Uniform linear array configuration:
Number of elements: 64
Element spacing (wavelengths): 0.5
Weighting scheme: binomial
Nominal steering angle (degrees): -60
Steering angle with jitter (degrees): -59.473
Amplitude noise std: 0.05
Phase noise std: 0.05

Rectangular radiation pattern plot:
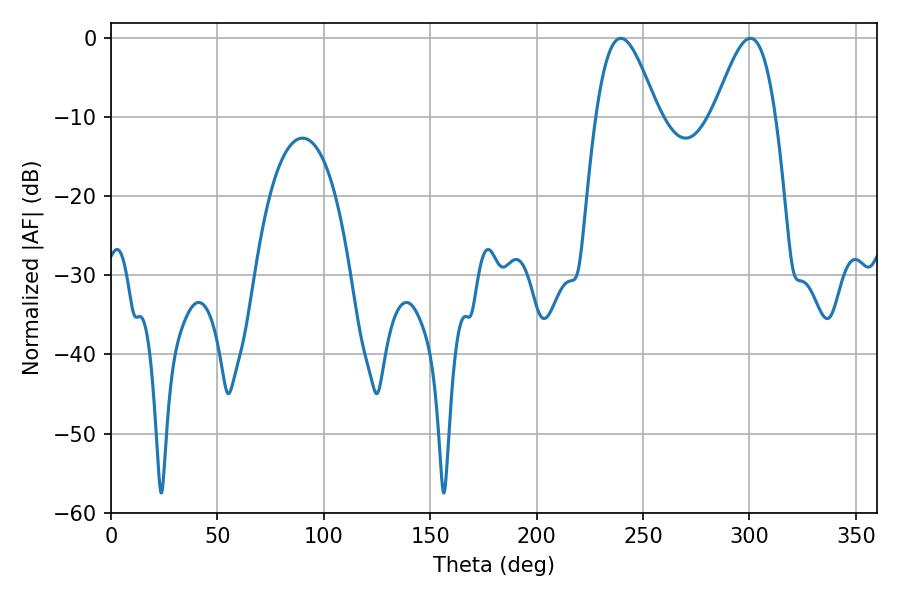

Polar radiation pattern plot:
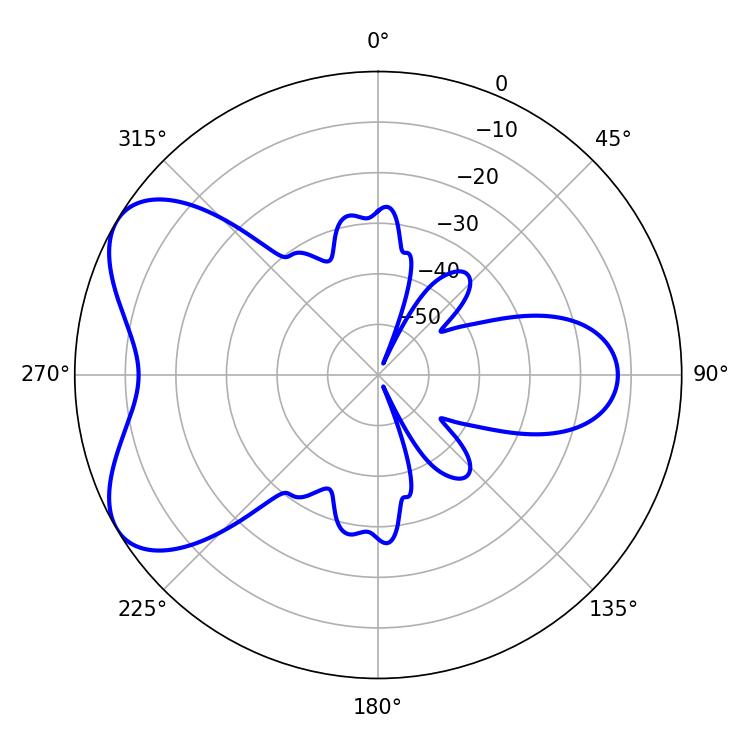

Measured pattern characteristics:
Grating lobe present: FALSE
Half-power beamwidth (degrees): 15.48
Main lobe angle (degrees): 300.42